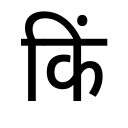
OCR:
किं